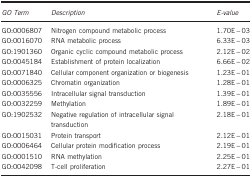
| GO Term | Description | E-value |
 | --- | --- | --- |
 | GO:0006807 | Nitrogen compound metabolic process | 1.70E−03 |
 | GO:0016070 | RNA metabolic process | 6.33E−03 |
 | GO:1901360 | Organic cyclic compound metabolic process | 2.12E−02 |
 | GO:0045184 | Establishment of protein localization | 6.66E−02 |
 | GO:0071840 | Cellular component organization or biogenesis | 1.23E−01 |
 | GO:0006325 | Chromatin organization | 1.28E−01 |
 | GO:0035556 | Intracellular signal transduction | 1.39E−01 |
 | GO:0032259 | Methylation | 1.89E−01 |
 | GO:1902532 | Negative regulation of intracellular signal transduction | 2.18E−01 |
 | GO:0015031 | Protein transport | 2.12E−01 |
 | GO:0006464 | Cellular protein modification process | 2.19E−01 |
 | GO:0001510 | RNA methylation | 2.25E−01 |
 | GO:0042098 | T-cell proliferation | 2.27E−01 |